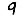
Digit: 9